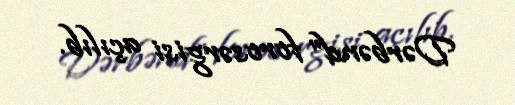
Dərbənd” forosərgisi açılıb.